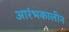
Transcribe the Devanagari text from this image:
आरंभकालीन